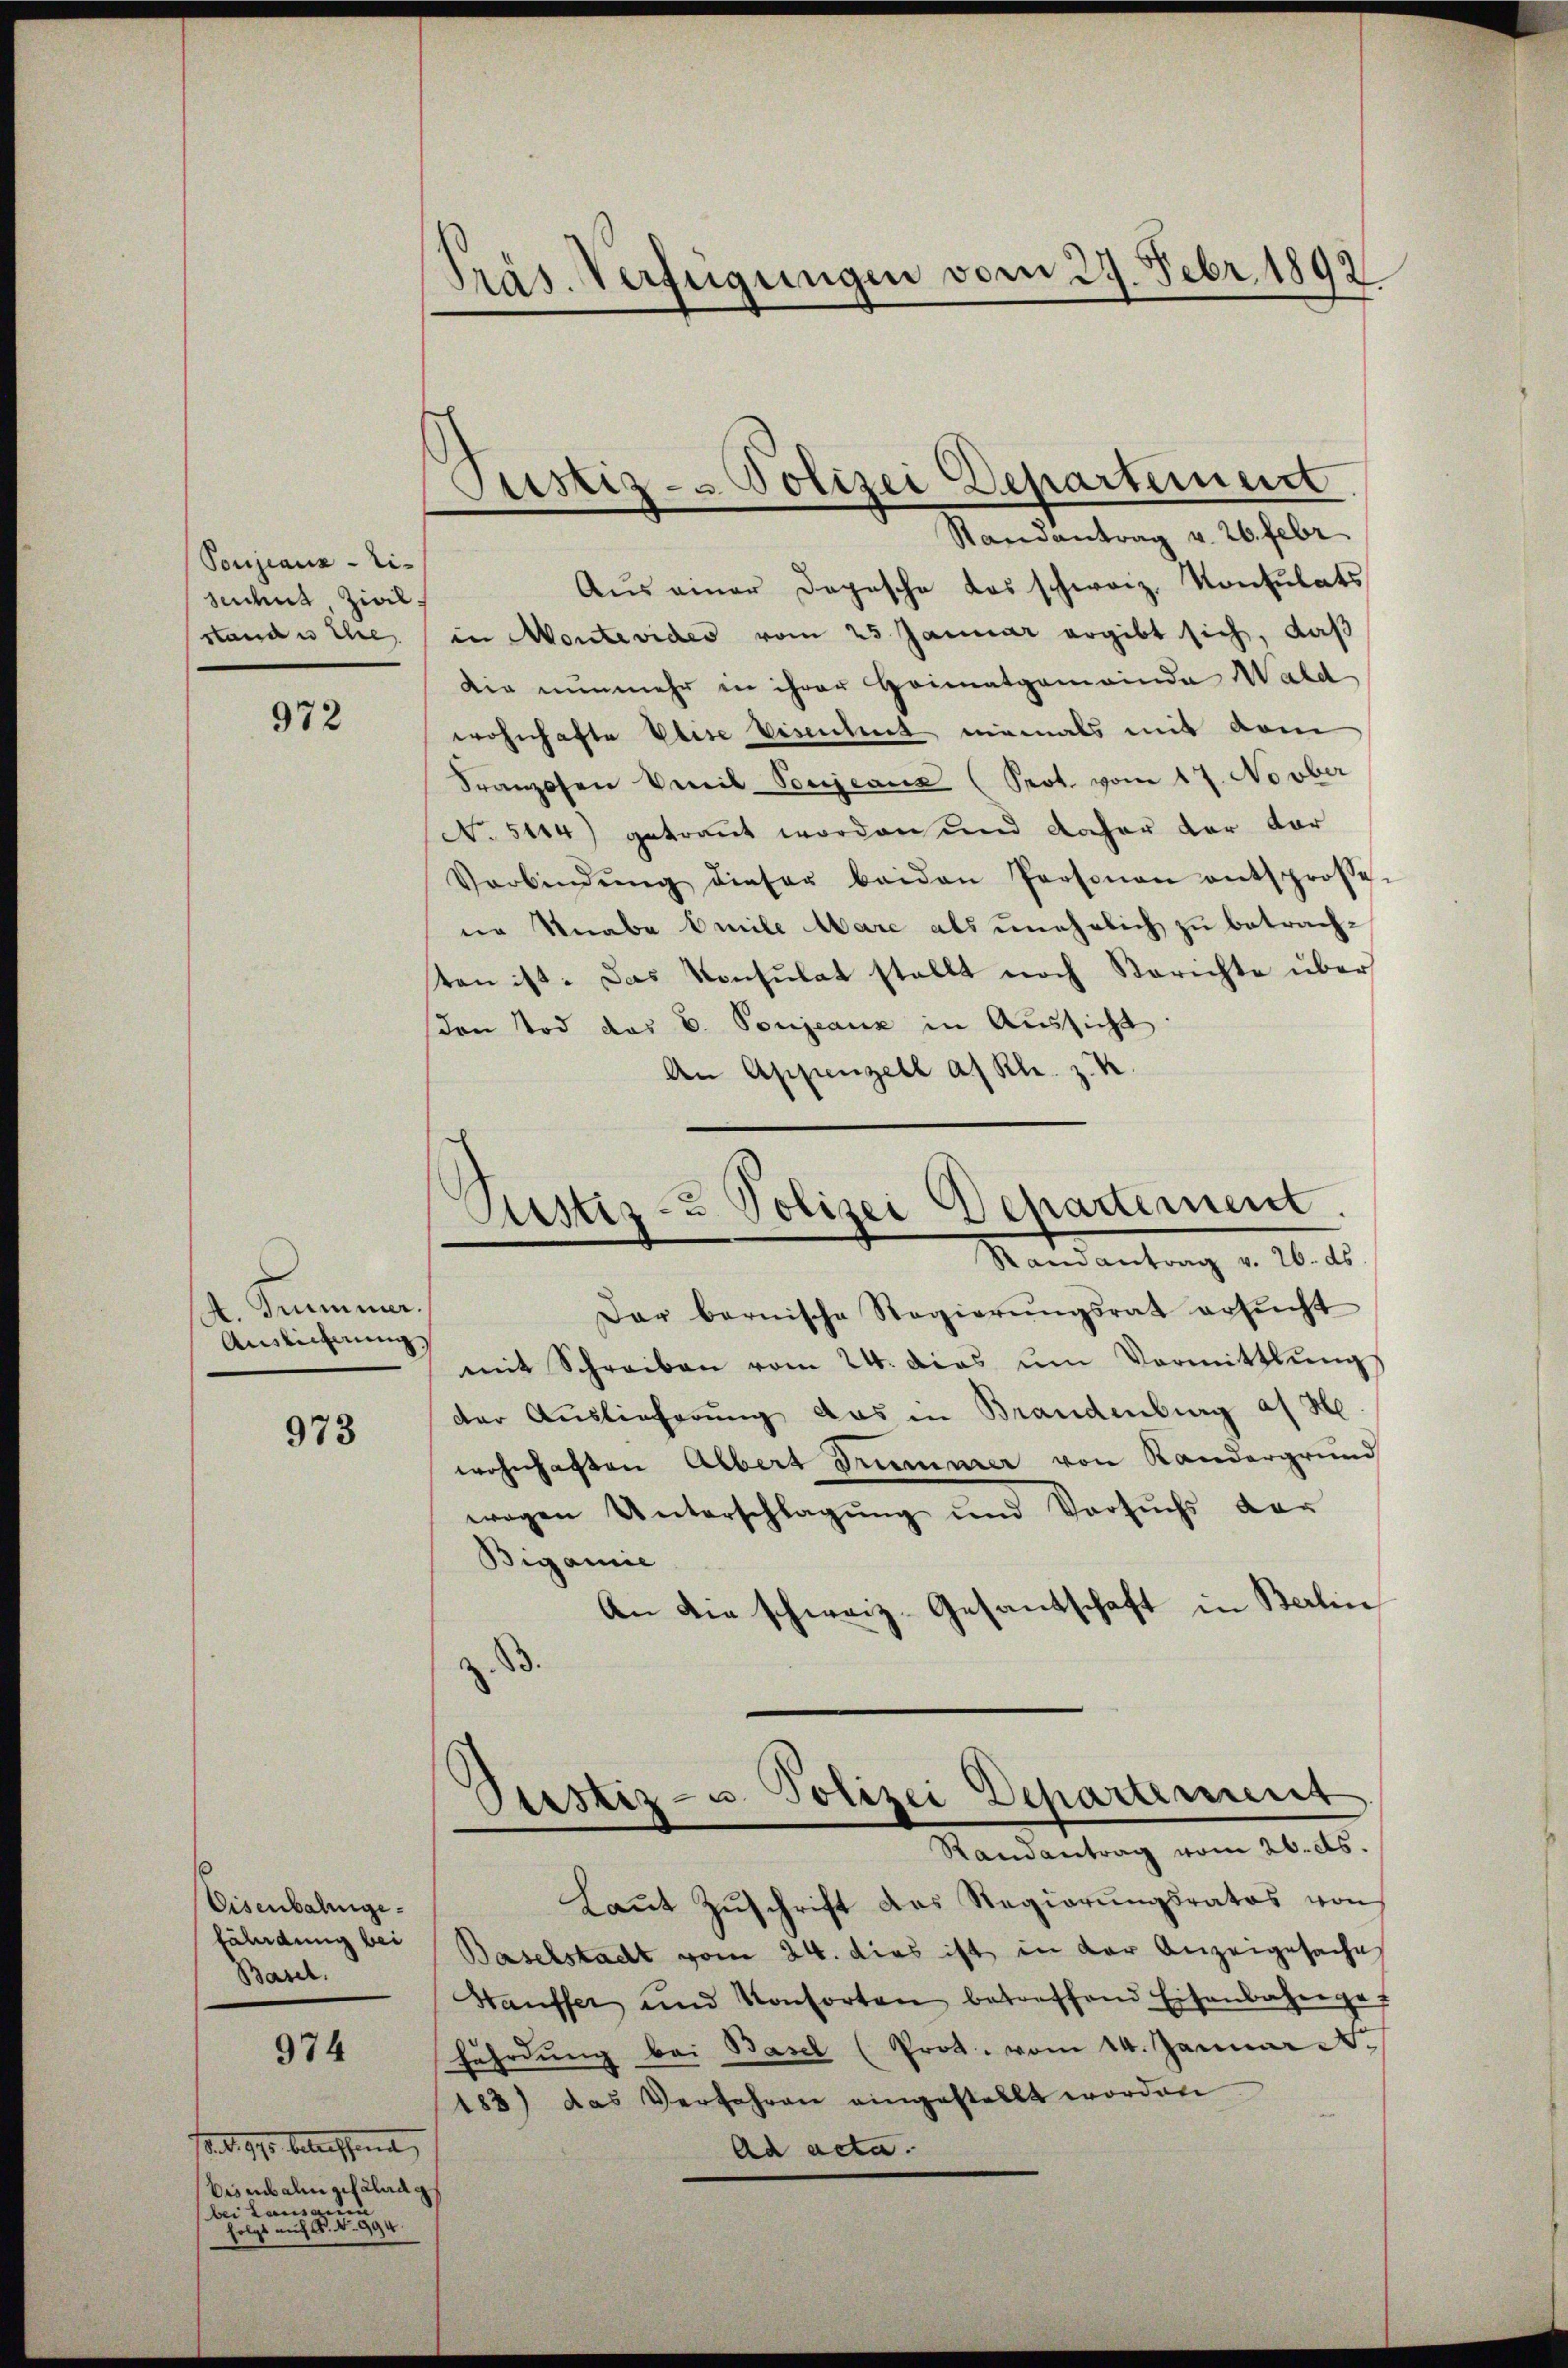
Poujeaus - Ei
sudent Zivil
stand in ihre

972

. Dummer.
Auslichnung,

973

Eisenbahngefährdung bei
Basel.

974

ae d. 990 betreffend
Eisenbahn gefaludg
bei Lausanne
 agr

Präs. Verfügungen vom 27. Febr. 1892.

Justiz- & Polizei Departement
Randantrag v. 26. Febr.

Aus einer Depesche das schwarz, Konsulats
in Montevides vom 25 Januar ergibt sich, daß
dir nunmehr in ihrer Heimatgemeinde Wald
wohnhafte Elise Vereichnet niemals mit dem
Franzosen Emil Vorjeaus (Prot. vom 17. Novber
No 5144) getraut worden und daher der dar
Verbindŭng dieser beiden Personen entsprosse-
ne Knabe Emile Mare als unehelich zu betrachten ist. Das Konsulat stellt noch Berichte über
on Tod das V. Poujeaux in Aussicht
An Appenzell a/ Kl. z. K
Justiz- & Polizei Departement.
Randantrag v. 26. ds
Dar bernische Regierŭngsrat erzeicht
mit Schreiben vom 24. das ŭm Vormittlung
der Auslieferung das in Brandenburg af Me
wohnhaften Albert Drummer von Kandergrund
wegen Unterschlagung und Versuchs dar
Bigamie
An die schweiz. Gesandschaft in Berlin

Custiz- u. Polizei Departement
Randantrag vom 26. ds.

Laŭt Zŭschrift das Regierŭngsrates von
Baselstadt vom 24. dies ist in der Anzeigesache
Hauffer und Konsorten betreffend Eisenbahnge-
fährdung bei Basel (Prot. vom 14. Januar d.
183) das Verfahren eingestellt worden
Ad acta.